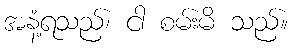
အနံ့ရသည်၊ ငါ စမ်းမိ သည်။